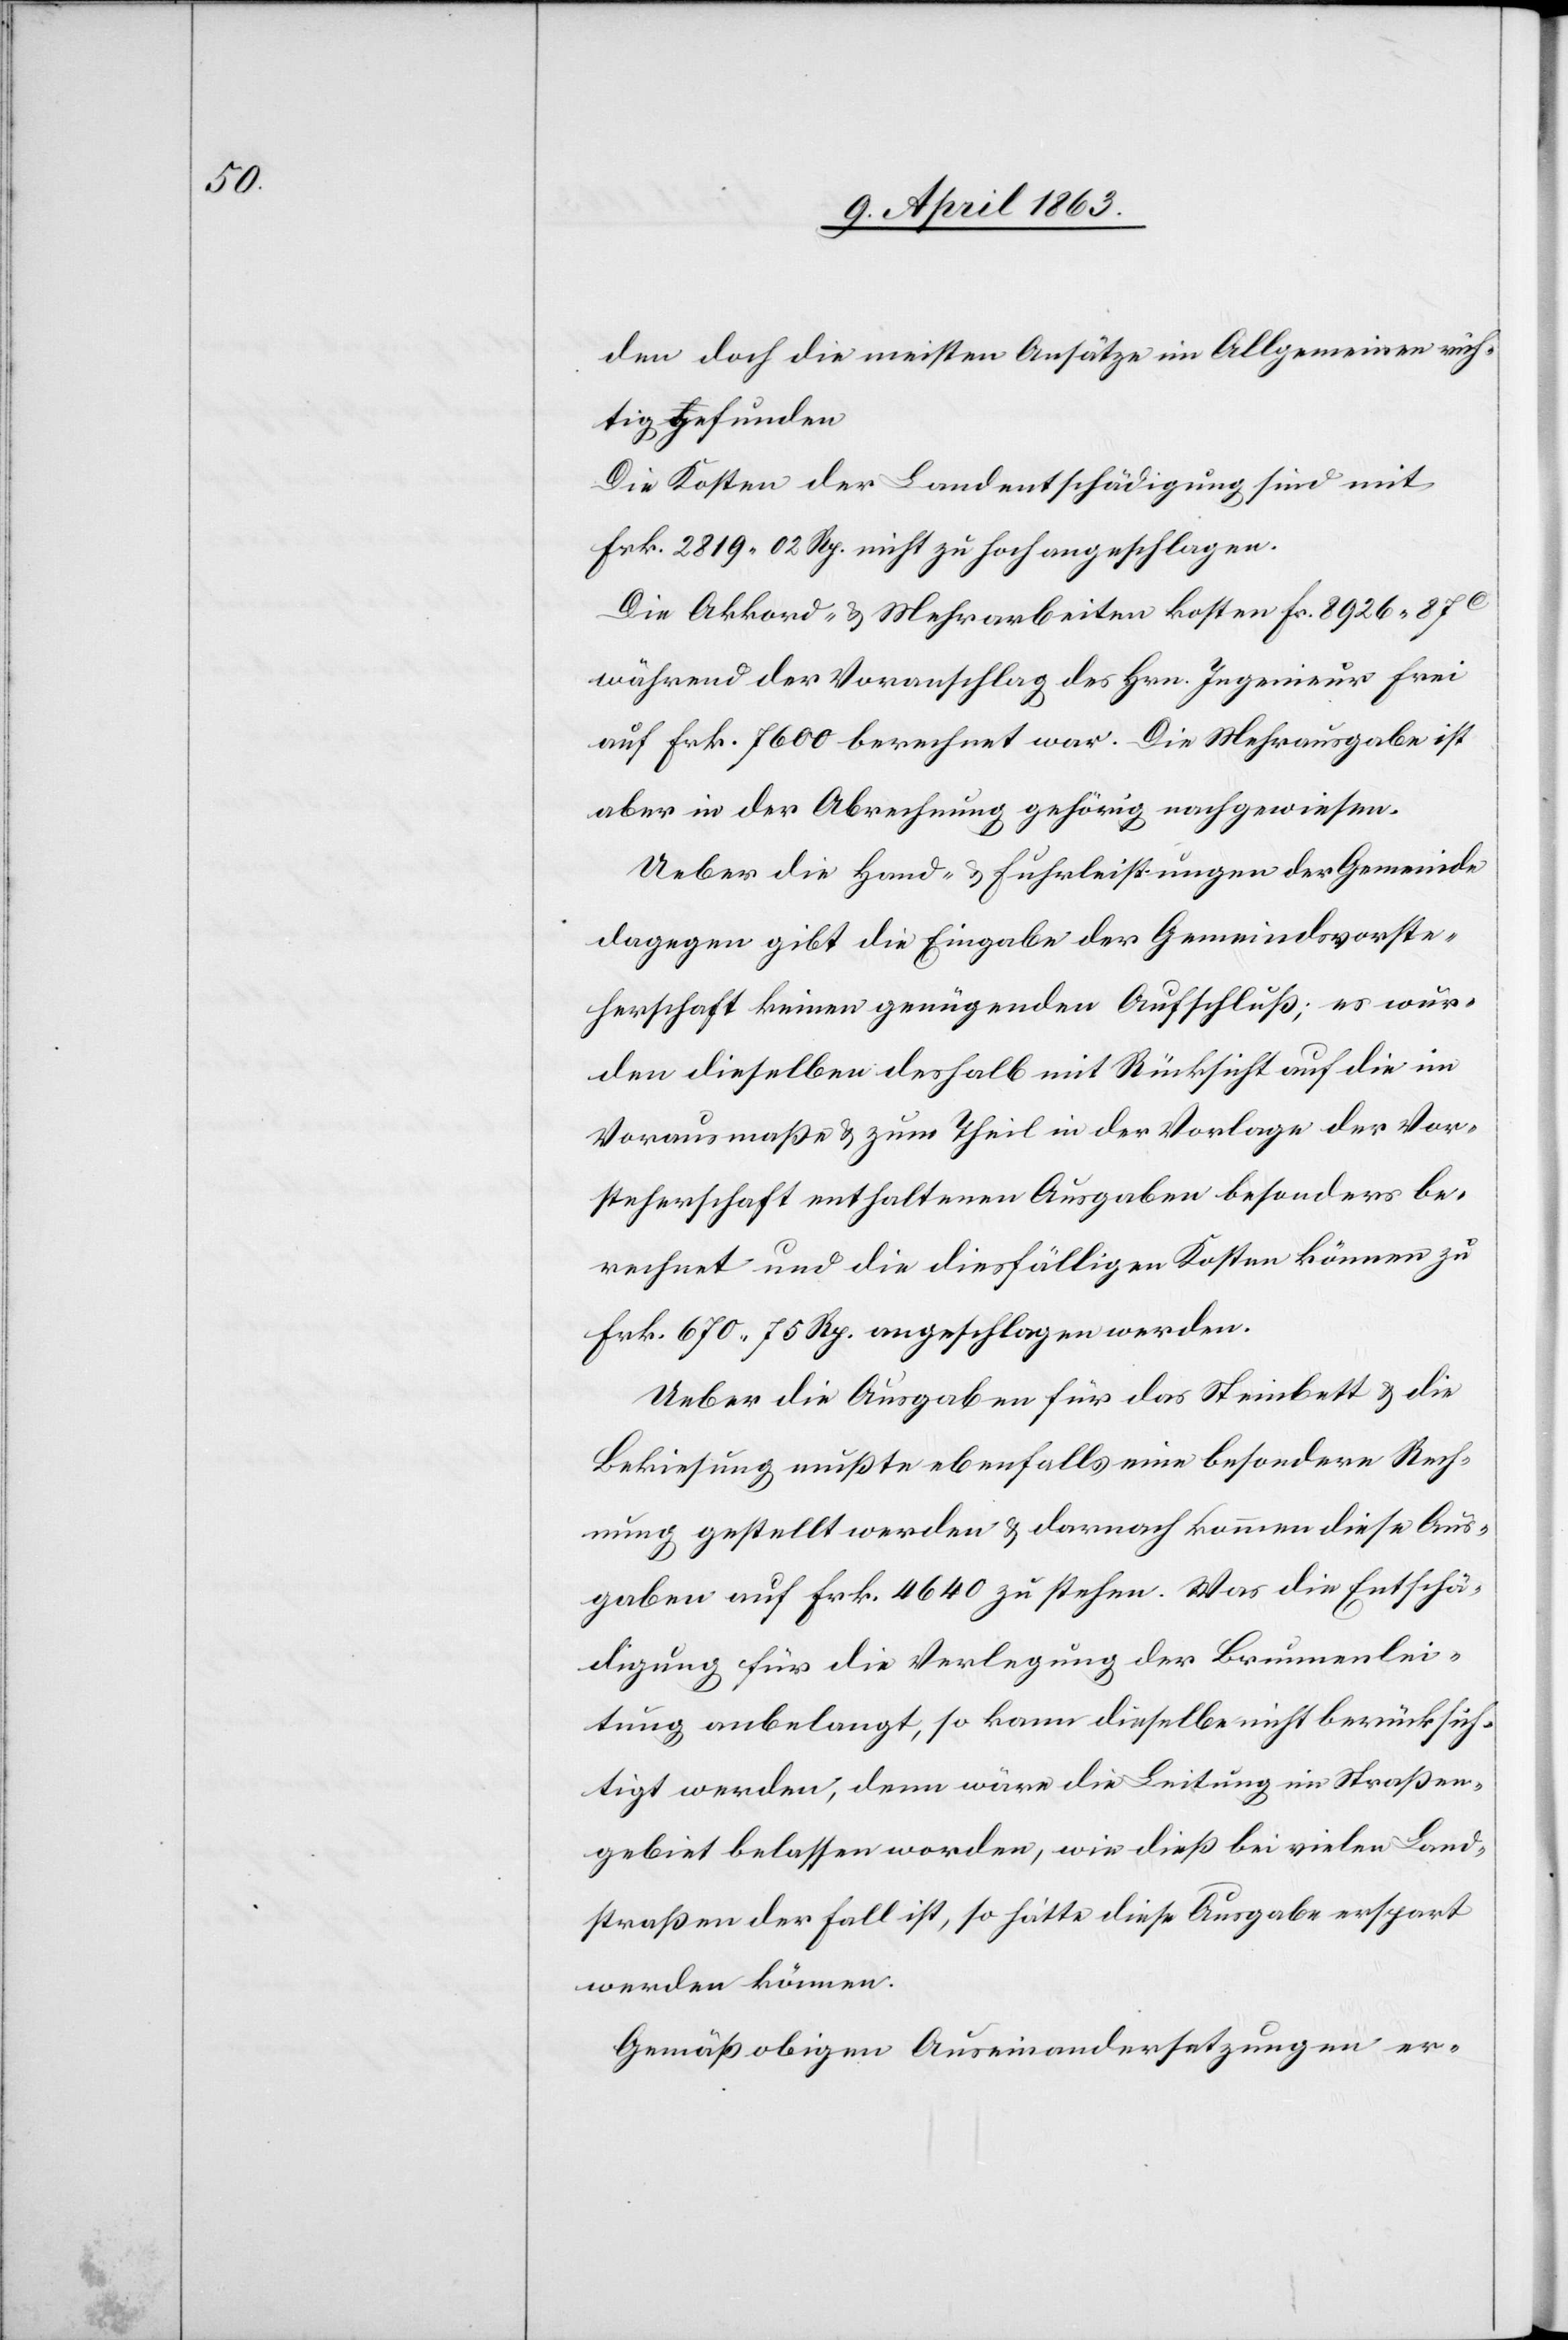
den doch die meisten Ansätze im Allgemeinen rich¬
tig gefunden
Die Kosten der Landentschädigung sind mit
Frk. 2819. 02 Rp. nicht zu hoch angeschlagen.
Die Akkord- & Mehrarbeiten kosten Fr. 8926. 87c
während der Voranschlag des Hrn. Ingenieur Frei
auf Frk. 7600 berechnet war. Die Mehrausgabe ist
aber in der Abrechnung gehörig nachgewiesen.
Ueber die Hand- & Fuhrleistungen der Gemeinde
dagegen gibt die Eingabe der Gemeindsvorste¬
herschaft keinen genügenden Aufschluß; es wür¬
den dieselben deshalb mit Rücksicht auf die im
Vorausmaße & zum Theil in der Vorlage der Vor¬
steherschaft enthaltenen Ausgaben besonders be¬
rechnet und diesfällige Kosten können zu
Frk. 670. 75 Rp. angeschlagen werden.
Ueber die Ausgaben für das Steinbett & die
Bekiesung mußte ebenfalls eine besondere Rech¬
nung gestellt werden & darnach kommen diese Aus¬
gaben auf Frk. 4640 zu stehen. Was die Entschä¬
digung für die Verlegung der Brunnenlei¬
tung anbelangt, so kann dieselbe nicht berücksich¬
tigt werden, denn wäre die Leitung im Straßen¬
gebiet belassen worden, wie dieß bei vielen Land¬
straßen der Fall ist, so hätte diese Ausgabe erspart
werden können.
Gemäß obigen Auseinandersetzungen er-